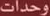
وحدات